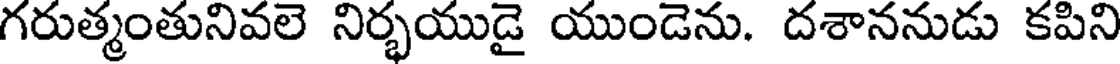
గరుత్మంతునివలె నిర్భయుడై యుండెను. దశాననుడు కపిని